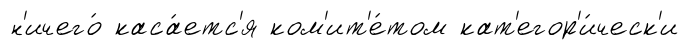
н'ичего́ каса́етс'я ком'ит'е́том кат'егор'и́ческ'и